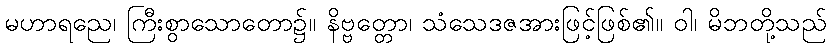
မဟာရညေ၊ ကြီးစွာသောတော၌။ နိဗ္ဗတ္တော၊ သံသေဒဇအားဖြင့်ဖြစ်၏။ ဝါ၊ မိဘတို့သည်